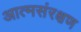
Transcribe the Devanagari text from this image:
आत्मसंरक्षण